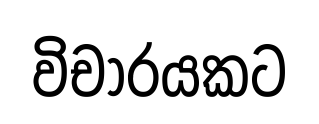
විචාරයකට